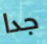
جدا